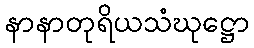
နာနာတုရိယသံဃုဋ္ဌော